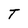
Character: T